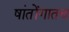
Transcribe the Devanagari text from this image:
षांतोंगातच